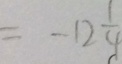
= - 1 2 \frac { 1 } { 4 }